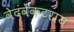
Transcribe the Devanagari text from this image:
वेदंवेंकटराय